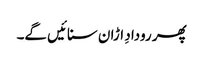
پھر رودادِ اڑان سنائیں گے۔